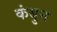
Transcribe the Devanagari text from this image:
कंबुन